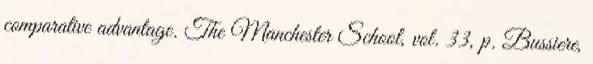
comparative advantage. The Manchester School, vol. 33, p. Bussiere,